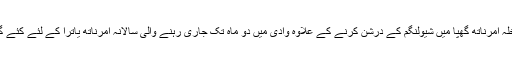
سرکاری ذرائع نے بتایا کہ وزیر داخلہ امرناتھ گھپا میں شیولنگم کے درشن کرنے کے علاوہ وادی میں دو ماہ تک جاری رہنے والی سالانہ امرناتھ یاترا کے لئے کئے گئے انتظامات کا جائزہ بھی لیں گے۔